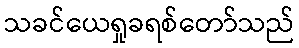
သခင်ယေရှုခရစ်တော်သည်